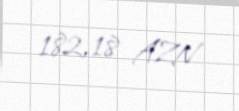
182,18 AZN